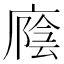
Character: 廕